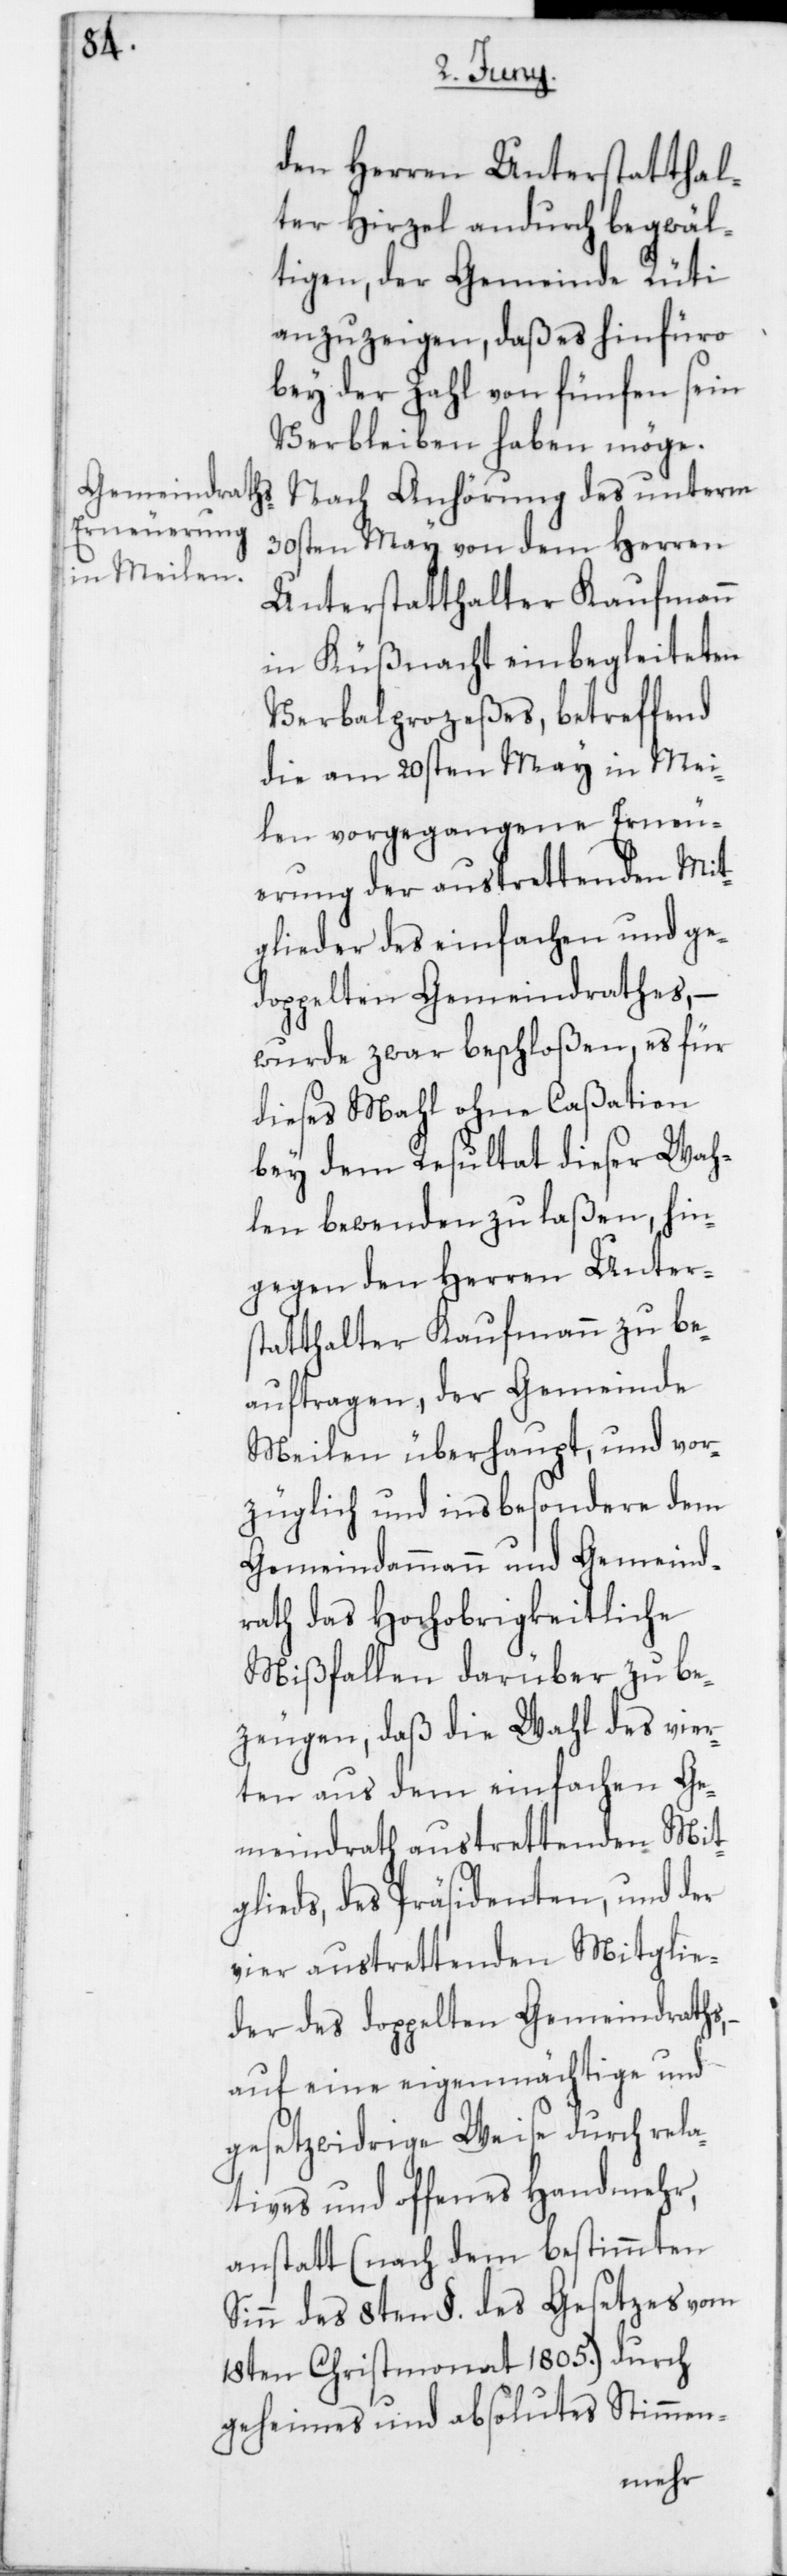
den Herren Unterstatthal¬
ter Hirzel andurch begwäl¬
tigen, der Gemeinde Rüti
anzuzeigen, daß es hinfüro
bey der Zahl von fünfen sein
Verbleiben haben möge.
Nach Anhörung des unterm
30sten May von dem Herren
Unterstatthalter Kaufmann
in Küßnacht einbegleiteten
Verbalprozeßes, betreffend
die am 20sten May in Mei¬
len vorgegangene Erneu¬
erung der austrettenden Mit¬
glieder des einfachen und ge¬
doppelten Gemeindrathes, –
wurde zwar beschloßen, es für
dieses Mahl ohne Caßation
bey dem Resultat dieser Wah¬
len bewenden zu laßen, hin¬
gegen den Herren Unter¬
statthalter Kaufmann zu be¬
auftragen, der Gemeinde
Meilen überhaupt, und vor¬
züglich und insbesondere dem
Gemeindammann und Gemeind¬
rath das Hochobrigkeitliche
Mißfallen darüber zu be¬
zeugen, daß die Wahl des vier¬
ten aus dem einfachen Ge¬
meindrath austrettenden Mit¬
glieds, des Präsidenten, und der
vier austrettenden Mitglie¬
der des doppelten Gemeindraths,
auf eine eigenmächtige und
gesetzwidrige Weise durch rela¬
tives und offenes Handmehr,
anstatt (nach dem bestimmten
Sinn des 8ten §. des Gesetzes vom
18ten Christmonat 1805.) durch
geheimes und absolutes Stimmen-